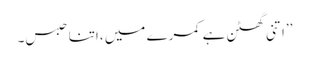
’’اتنی گھٹن ہے کمرے میں ،اتنا حبس۔